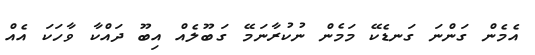
އެމެން ގަންނަ ގަނޑެކޭ މަމެން ނުކުރާނަމޭ ގަބޫލެއް އިބޫ ދައްކާ ވާހަކަ އެއް